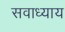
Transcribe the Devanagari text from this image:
सवाध्याय